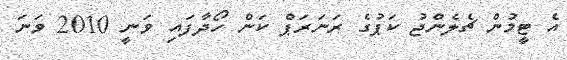
އެ ޓީމުން ޗެލެންޖު ކަޕުގެ ރަނަރަޕް ކަން ހޯދާފައި ވަނީ 2010 ވަނަ